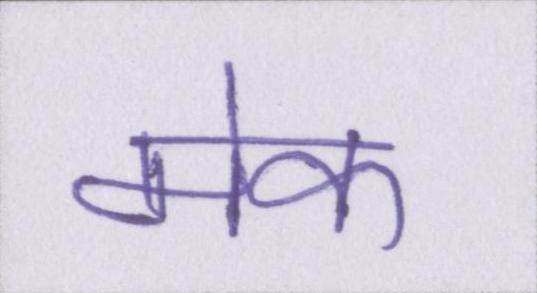
मेक